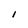
Character: I